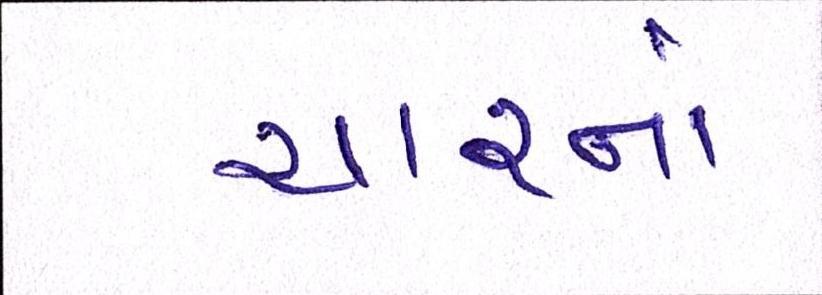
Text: ચારનાં